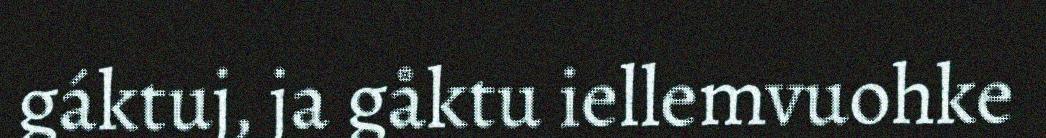
gáktuj, ja gåktu iellemvuohke